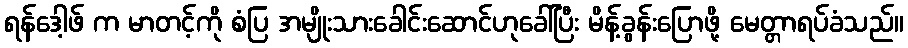
ရန်ဒေါ့ဖ် က မာတင့်ကို စံပြ အမျိုးသားခေါင်းဆောင်ဟုခေါ်ပြီး မိန့်ခွန်းပြောဖို့ မေတ္တာရပ်ခံသည်။